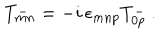
T _ { m n } ^ { - } = - i \, \epsilon _ { m n p } T _ { 0 p } ^ { - } \ .